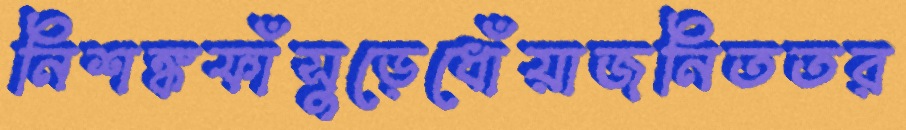
নিশঙ্কফাঁসুড়েধোঁয়াজনিততর